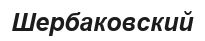
Шербаковский